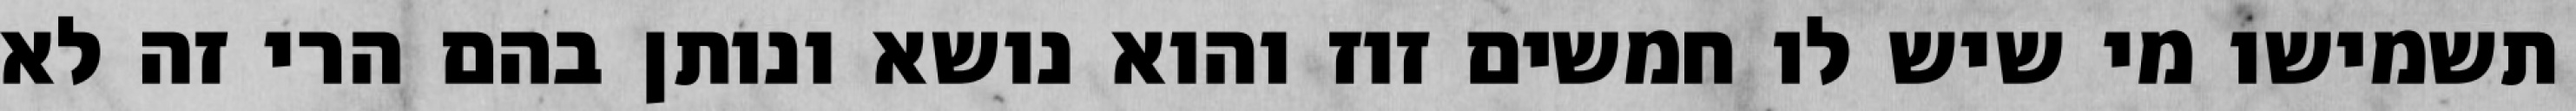
תשמישו מי שיש לו חמשים זוז והוא נושא ונותן בהם הרי זה לא